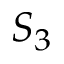
S _ { 3 }